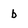
Character: b